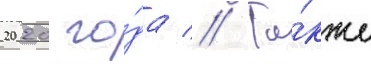
2020 го́да // Та́кже